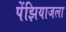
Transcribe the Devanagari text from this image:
पेंझियाजला